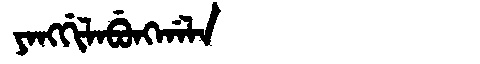
Manchu: ᠶᠠᠩᡤᡳᠯᠠᠪᡠᠩᡤᠠᠯᠠ
Romanization: YANGGILABUNGGALA